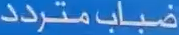
ضبابمتردد